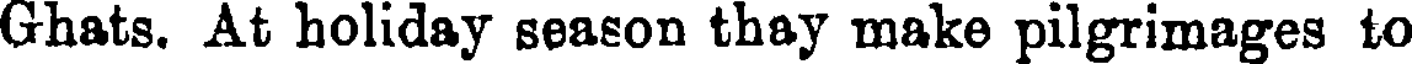
Ghats. At holiday season thay make pilgrimages to